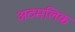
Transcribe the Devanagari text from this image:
अठमलिक